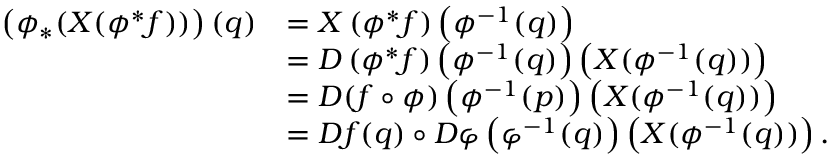
\begin{array} { r l } { \left( \phi _ { * } ( X ( \phi ^ { * } f ) ) \right) ( q ) } & { = X \left( \phi ^ { * } f \right) \left( \phi ^ { - 1 } ( q ) \right) } \\ & { = D \left( \phi ^ { * } f \right) \left( \phi ^ { - 1 } ( q ) \right) \left( X ( \phi ^ { - 1 } ( q ) ) \right) } \\ & { = D ( f \circ \phi ) \left( \phi ^ { - 1 } ( p ) \right) \left( X ( \phi ^ { - 1 } ( q ) ) \right) } \\ & { = D f ( q ) \circ D \varphi \left( \varphi ^ { - 1 } ( q ) \right) \left( X ( \phi ^ { - 1 } ( q ) ) \right) . } \end{array}